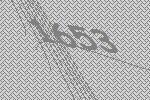
1653